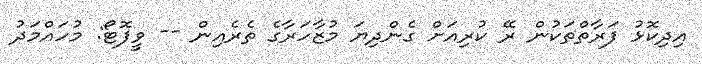
އިދިކޮޅު ފަރާތްތަކުން ރޭ ކުރިއަށް ގެންދިޔަ މުޒާހަރާގެ ތެރެއިން -- ވީފޮޓޯ: މުހައްމަދު